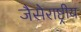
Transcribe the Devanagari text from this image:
जैसेराष्ट्रीय